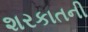
શરકાતની